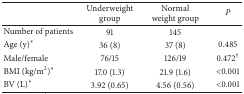
<table><thead><tr><td><b> </b></td><td><b>Underweight group</b></td><td><b>Normal weight group</b></td><td><b><i>P </i></b></td></tr></thead><tbody><tr><td>Number of patients</td><td>91</td><td>145</td><td> </td></tr><tr><td>Age (y)*</td><td>36 (8)</td><td>37 (8)</td><td>0.485</td></tr><tr><td>Male/female</td><td>76/15</td><td>126/19</td><td> 0.472<sup>†</sup></td></tr><tr><td>BMI (kg/m<sup>2</sup>)*</td><td>17.0 (1.3)</td><td>21.9 (1.6)</td><td>&lt;0.001</td></tr><tr><td>BV (L)*</td><td>3.92 (0.65)</td><td>4.56 (0.56)</td><td>&lt;0.001</td></tr></tbody></table>